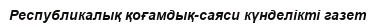
Республикалық қоғамдық-саяси күнделікті газет